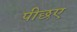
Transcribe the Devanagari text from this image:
पीछए